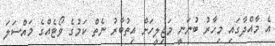
އެ މާއްދާގައި މިހާރު ބުނަނީ މަޖިލީހަށް އިތުބާރު ނެތް ކަމުގެ ވޯޓެއްގެ މައްސަލަ